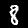
Digit: 8